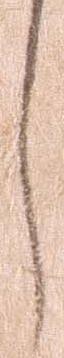
し